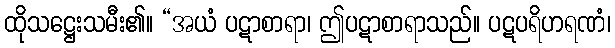
ထိုသဋ္ဌေးသမီး၏။ “အယံ ပဋာစာရာ၊ ဤပဋာစာရာသည်။ ပဋပရိဟရဏံ၊